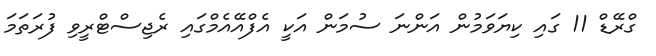
ގްރޭޑް 11 ގައި ކިޔަވަމުން އަންނަ ސުމަން އަކީ އެފްއޭއެމްގައި ރެޖިސްޓްރީވި ފުރަތަމަ